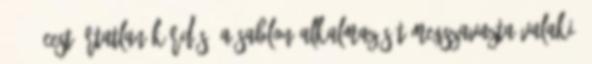
09:40 CEST Ártatlan kérdés: a sablon alkalmazását megszavazta valaki?